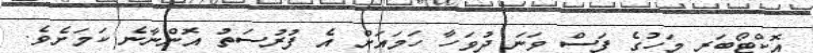
އޮކްޓޯބަރ މަހުގެ ފަސް ވަނަ ދުވަހާ ހަމައަށް އެ ފުރުސަތު އޮންނާނެ ކަމަށެވެ.